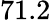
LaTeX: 71.2